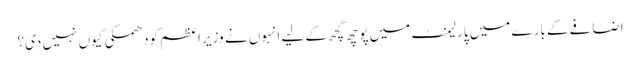
اضافے کے بارے میں پارلیمنٹ میں پوچھ گچھ کے لیے انہوں نے وزیر اعظم کودھمکی کیوں نہیں دی؟